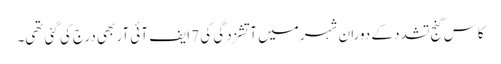
کاس گنج تشدد کے دوران شہر میں آتشزدگی کی 7 ایف آئی آر بھی درج کی گئی تھی۔